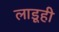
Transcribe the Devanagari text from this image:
लाडूही